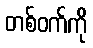
တစ်ဝက်ကို